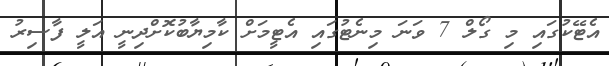
އެޓޭކުގައި މި ގޯލް 7 ވަނަ މިނެޓުގައި އެޓީމަށް ކާމިޔާބުކޮށްދިނީ އަލީ ފާސިރު